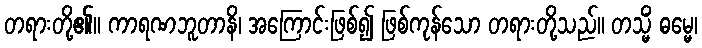
တရားတို့၏။ ကာရဏဘူတာနိ၊ အကြောင်းဖြစ်၍ ဖြစ်ကုန်သော တရားတို့သည်။ တသ္မိံ ဓမ္မေ၊